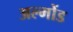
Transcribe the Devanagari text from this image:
अल्मोंड